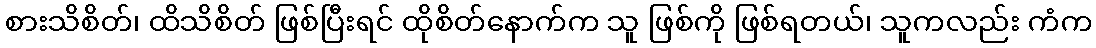
စားသိစိတ်၊ ထိသိစိတ် ဖြစ်ပြီးရင် ထိုစိတ်နောက်က သူ ဖြစ်ကို ဖြစ်ရတယ်၊ သူကလည်း ကံက